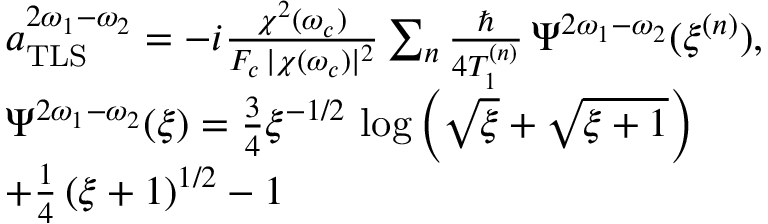
\begin{array} { r l } & { a _ { \mathrm { T L S } } ^ { 2 \omega _ { 1 } - \omega _ { 2 } } = - i \frac { \chi ^ { 2 } ( \omega _ { c } ) } { F _ { c } \, | \chi ( \omega _ { c } ) | ^ { 2 } } \sum _ { n } \frac { \hbar } { 4 T _ { 1 } ^ { ( n ) } } \, \Psi ^ { 2 \omega _ { 1 } - \omega _ { 2 } } ( \xi ^ { ( n ) } ) , } \\ & { \Psi ^ { 2 \omega _ { 1 } - \omega _ { 2 } } ( \xi ) = \frac { 3 } { 4 } \xi ^ { - 1 / 2 } \, \log \left( \sqrt { \xi } + \sqrt { \xi + 1 } \right) } \\ & { + \frac { 1 } { 4 } \, ( \xi + 1 ) ^ { 1 / 2 } - 1 } \end{array}